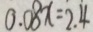
0 . 0 8 x = 2 . 4